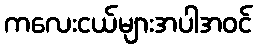
ကလေးငယ်များအပါအဝင်